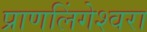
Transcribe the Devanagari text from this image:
प्राणलिंगेश्‍वरा